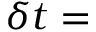
\delta t =